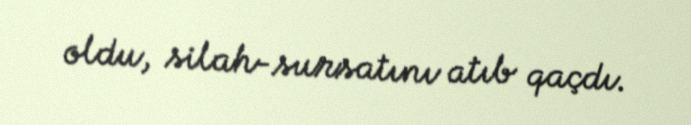
oldu, silah-sursatını atıb qaçdı.